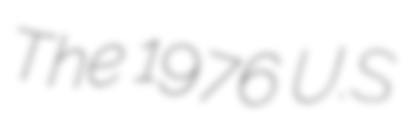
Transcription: The 1976 U.S